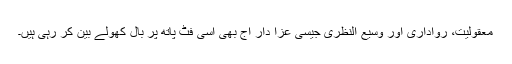
معقولیت، رواداری اور وسیع النظری جیسی عزا دار آج بھی اسی فٹ پاتھ پر بال کھولے بین کر رہی ہیں۔